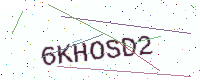
Text: 6KHOSD2